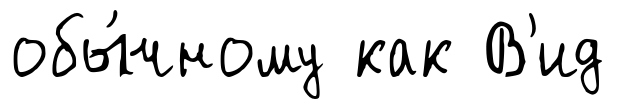
обы́чному как В'ид